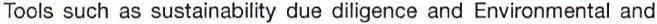
Tools such as sustainability due diligence and Environmental and